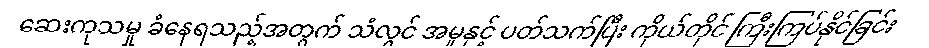
ဆေးကုသမှု ခံနေရသည့်အတွက် သံလွင် အမှုနှင့် ပတ်သက်ပြီး ကိုယ်တိုင် ကြီးကြပ်နိုင်ခြင်း